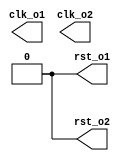
module clkrst(clk_o1, clk_o2, rst_o1, rst_o2);

//
// I/O ports
//
output	clk_o1, clk_o2;	// Clock
output	rst_o1, rst_o2;	// Reset

//
// Internal regs
//
reg	clk_o1, clk_o2;	// Clock
reg	rst_o1, rst_o2;	// Reset

initial begin
	clk_o1 = 0;
	clk_o2 = 0;
	rst_o2 = 1;
        rst_o1 = 1;
	#20;
	rst_o1 = 0; //gpio reset
        #600;
        rst_o2 = 0; //wbmaster reset
end

//
// Clock
//
always #4 clk_o1 = ~clk_o1; //gpio clk
always #400 clk_o2 = ~clk_o2; //wbmaster clk
endmodule